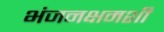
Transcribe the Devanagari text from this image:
भंजनक्षमशी